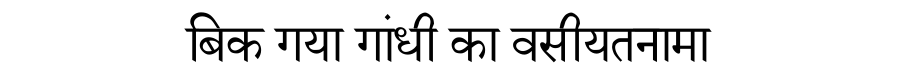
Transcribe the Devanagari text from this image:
बिक गया गांधी का वसीयतनामा